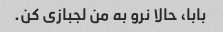
بابا، حالا نرو به من لجبازی کن.